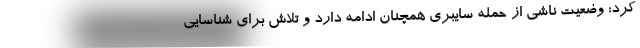
کرد: وضعیت ناشی از حمله سایبری همچنان ادامه دارد و تلاش برای شناسایی